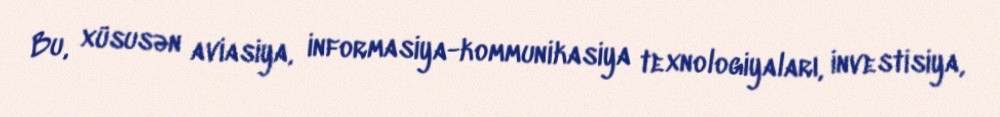
Bu, xüsusən aviasiya, informasiya-kommunikasiya texnologiyaları, investisiya,